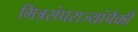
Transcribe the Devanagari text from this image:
मित्रसंघराज्यांपैकी